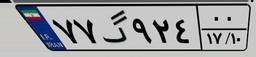
۶۱گ۹۵۷۲۸